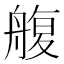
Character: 𦩟